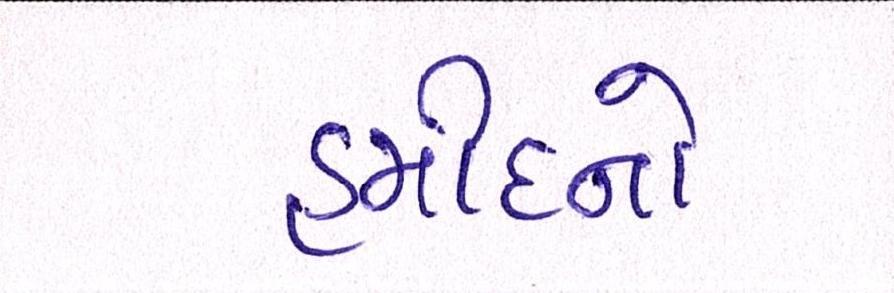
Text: હમીદનો